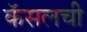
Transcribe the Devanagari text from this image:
कॅसलची